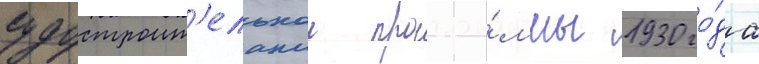
судостроит'ельнои програ́ммы 1930 го́да